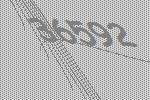
36592